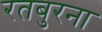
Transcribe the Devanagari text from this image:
रतबुरना